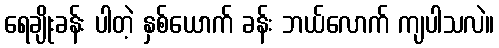
ရေချိုးခန်း ပါတဲ့ နှစ်ယောက် ခန်း ဘယ်လောက် ကျပါသလဲ။